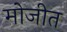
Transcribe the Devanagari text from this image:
मोजीत